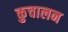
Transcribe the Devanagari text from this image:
कुचालन